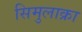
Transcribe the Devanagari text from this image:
सिमुलाक्रा